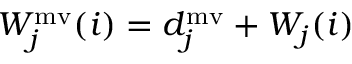
W _ { j } ^ { \mathrm { m v } } ( i ) = d _ { j } ^ { \mathrm { m v } } + W _ { j } ( i )